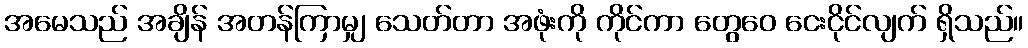
အမေသည် အချိန် အတန်ကြာမျှ သေတ်တာ အဖုံးကို ကိုင်ကာ တွေဝေ ငေးငိုင်လျက် ရှိသည်။